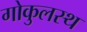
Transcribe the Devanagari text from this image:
गोकुलस्थ